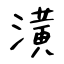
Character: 潢